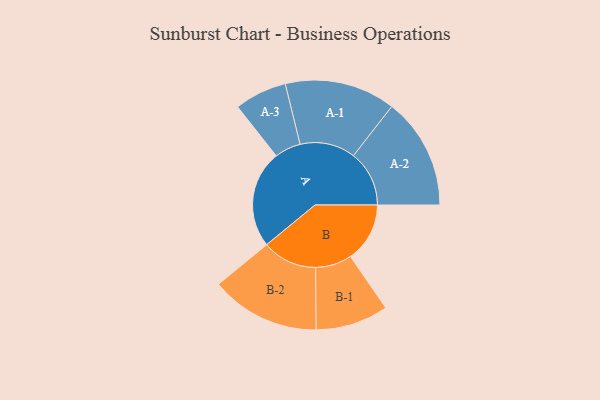
{"axis": {"x": "Segment", "y": "Value"}, "legend": ["", "A", "B"], "data": [{"x": "A", "y": 488, "type": ""}, {"x": "B", "y": 297, "type": ""}, {"x": "A-1", "y": 277, "type": "A"}, {"x": "A-2", "y": 279, "type": "A"}, {"x": "A-3", "y": 131, "type": "A"}, {"x": "B-1", "y": 182, "type": "B"}, {"x": "B-2", "y": 274, "type": "B"}]}